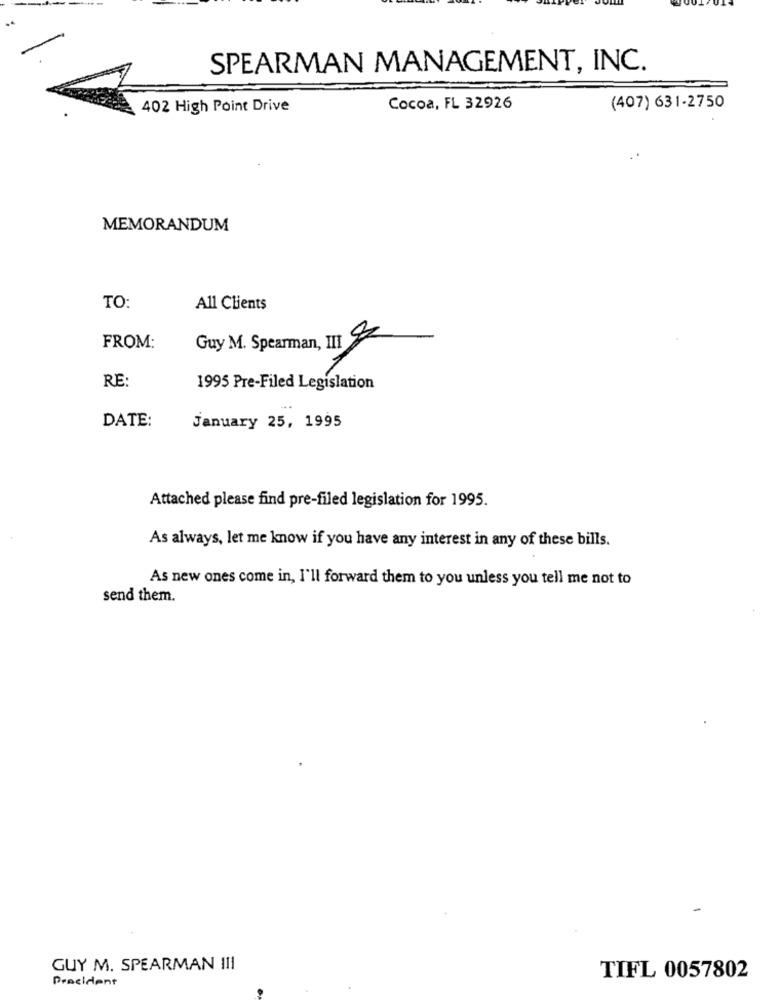
SPEARMAN MANAGEMENT, INC.
402 High Point Drive
Cocoa, FL 32926
(407) 631-2750
MEMORANDUM
TO:
All Clients
FROM:
Guy M. Spearman, III Z
RE:
1995 Pre-Filed Legislation
DATE:
january 25, 1995
Attached please find pre-filed legislation for 1995.
As always, let me know if you have any interest in any of these bills.
As new ones come in, I'll forward them to you unless you tell me not to
send them.
GUY M. SPEARMAN III
President
TIFL 0057802